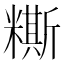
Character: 𥼤